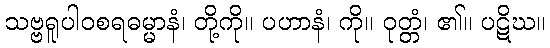
သဗ္ဗရူပါဝစရဓမ္မာနံ၊ တို့ကို။ ပဟာနံ၊ ကို။ ဝုတ္တံ၊ ၏။ ပဋိဃ။